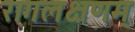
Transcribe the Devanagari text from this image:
रागलक्षणम्